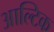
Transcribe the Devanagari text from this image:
आल्टिक